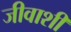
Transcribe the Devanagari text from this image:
जीवाशी